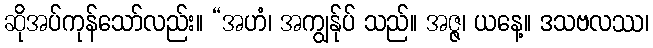
ဆိုအပ်ကုန်သော်လည်း။ “အဟံ၊ အကျွန်ုပ် သည်။ အဇ္ဇ၊ ယနေ့။ ဒသဗလဿ၊